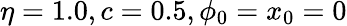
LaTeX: \eta=1.0,c=0.5,\phi_{0}=x_{0}=0